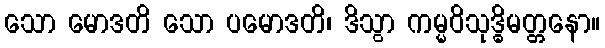
သော မောဒတိ သော ပမောဒတိ၊ ဒိသွာ ကမ္မဝိသုဒ္ဓိမတ္တနော။